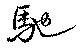
馳